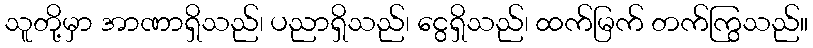
သူတို့မှာ အာဏာရှိသည်၊ ပညာရှိသည်၊ ငွေရှိသည်၊ ထက်မြက် တက်ကြွသည်။